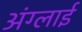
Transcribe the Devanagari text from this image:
अंग्लाई